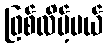
ဖြစ်လိမ့်မယ်